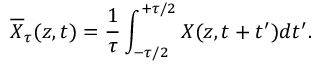
\overline { { X } } _ { \tau } ( z , t ) = \frac { 1 } { \tau } \int _ { - \tau / 2 } ^ { + \tau / 2 } X ( z , t + t ^ { \prime } ) d t ^ { \prime } .